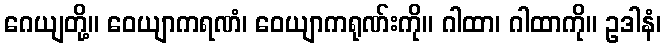
ဂေယျတို့။ ဝေယျာကရဏံ၊ ဝေယျာကရုဏ်းကို။ ဂါထာ၊ ဂါထာကို။ ဥဒါနံ၊